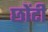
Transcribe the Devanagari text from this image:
छोंटी